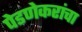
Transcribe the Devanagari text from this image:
पेडणेकरांचा